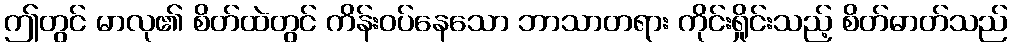
ဤတွင် မာလု၏ စိတ်ထဲတွင် ကိန်းဝပ်နေသော ဘာသာတရား ကိုင်းရှိုင်းသည့် စိတ်ဓာတ်သည်